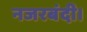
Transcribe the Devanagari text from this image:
नजरबंदी।